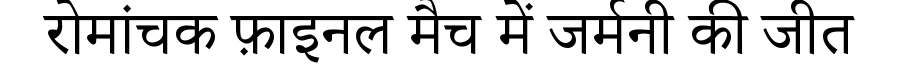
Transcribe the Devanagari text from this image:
रोमांचक फ़ाइनल मैच में जर्मनी की जीत